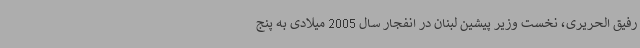
رفیق الحریری، نخست وزیر پیشین لبنان در انفجار سال 2005 میلادی به پنج